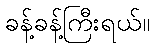
ခန့်ခန့်ကြီးရယ်။